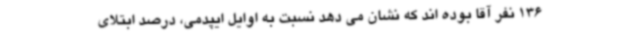
136 نفر آقا بوده اند که نشان می دهد نسبت به اوایل ایپدمی، درصد ابتلای